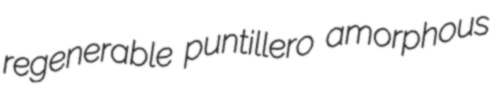
regenerable puntillero amorphous